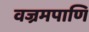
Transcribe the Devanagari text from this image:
वज्रमपाणि